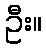
ဦး။